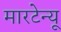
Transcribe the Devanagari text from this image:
मारटेन्यू